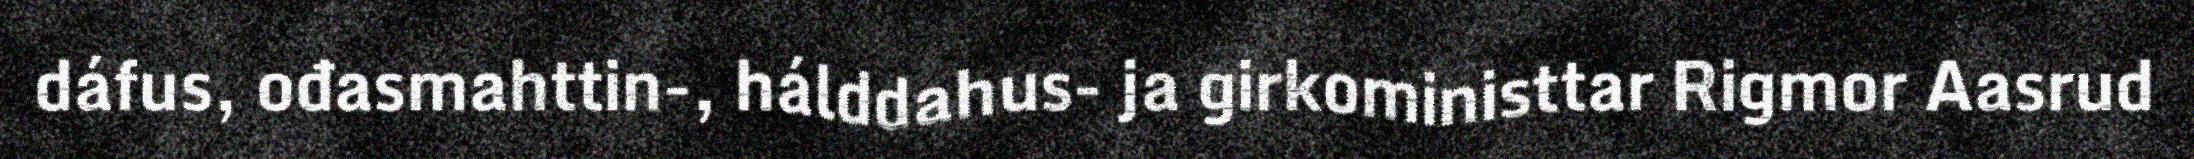
dáfus, ođasmahttin-, hálddahus- ja girkoministtar Rigmor Aasrud